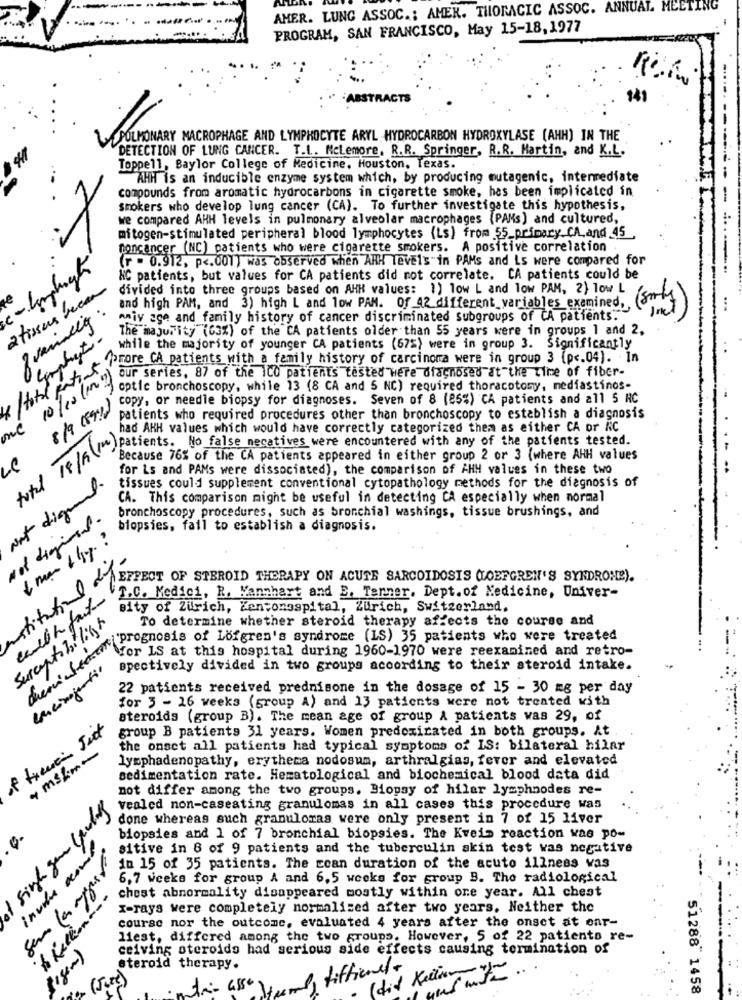
AMER. LUNG ASSOC .; AMER. THORACIC ASSOC. ANNUAL MEETING
-
PROGRAM, SAN FRANCISCO, May 15-18,1977
-ABSTRACTS
941
PULMONARY MACROPHAGE AND LYMPHOCYTE ARYL HYDROCARBON HYDROXYLASE (AHH) IN THE
DETECTION OF LUNG CANCER. T.L. Mclemore, R.R. Springer, R.R. Martin, and K.L.
Toppell, Baylor College of Medicine, Houston, Texas.
AHH is an inducible enzyme system which, by producing mutagenic, intermediate
compounds from aromatic hydrocarbons in cigarette smoke, has been implicated in
-
smokers who develop lung cancer (CA). To further investigate this hypothesis,
we compared AHH levels in pulmonary alveolar macrophages (PAMs) and cultured,
mitogen-stimulated peripheral blood lymphocytes (Ls) from 55_primary CA, and_45
.1
moncancer (NC) patients who were cigarette smokers. A positive correlation
(r = 0.912, p <. 001) was observed when ARK levels in PAMs and is were compared for
&C patients, but values for CA patients did not correlate. CA patients could be
2 tissus recar
divided into three groups based on AHH values: 1) low L and low PAM, 2) 10w L
and high PAM, and 3) high L and low PAM. of 42 different variables examined ,,
aniy age and family history of cancer discriminated subgroups of CA patients.
The majority (63%) of the CA patients older than 55 years were in groups 1 and 2,
Complet.
while the majority of younger CA patients (67%) were in group 3. Significantly
uwho) auf se haans Mith a family history of carcinoma were in group 3 (p <. 04]. - In
10/10/100 2)
our series, 87 of the iCO patients tested Here diagnosed at the time of fiber-
optic bronchoscopy, while 13 (8 CA and 5 NC) required thoracotomy, mediastinos-
copy, or needle biopsy for diagnoses. Seven of 8 (25%) CA patients and all 5 HC
8 19 189%)
patients who required procedures other than bronchoscopy to establish a diagnosis
ne
had AHH values which would have correctly categorized them as either CA or NC
Teh Because it " false negatives were encountered with any of the patients test.
Because 76% of the CA patients appeared in either group 2 or 3 (where AHH values
for is and PAMs were dissociated), the comparison of AHH values in these two
tissues could supplement conventional cytopathology methods for the diagnosis of
Not digre.
CA. This comparison might be useful in detecting CA especially when normal
bronchoscopy procedures, such as bronchial washings, tissue brushings, and
Not digineet.
biopsies, fail to establish a diagnosis.
EFFECT OF STEROID THERAPY ON ACUTE SARCOIDOSIS COEFGREN'S SYNDROME).
T.C. Medici, R. Vannhart and E. Tenner. Dept. of Medicine, Univer-
Bity of Zurich, Zensonospital, Zurich, Switzerland.
Susceptibilityto
To determine whether steroid therapy affects the course and
IT upFor is at of Lofgren's syndrome (Is) 35 patients who were were
Vor IS at this hospital during 1960-1970 were reexamined and retro-
Bpectively divided in two groups according to their steroid intake.
22 patients received prednisone in the dosage of 15 - 30 mg per day
for 3 - 26 weeks (group A) and 13 patients were not treated with
steroids (group B). The mean age of group & patients was 29, of
group B patients 31 years. Women predominated in both groups. At
* msLm-
the onset all patients had typical symptoms of IS: bilateral hilar
lymphadenopathy, erythema nodosum, arthralgias, fever and elevated
sedimentation rate. Hematological and biochemical blood data did
not differ among the two groups. Biopsy of hilar lymphnodes re-
vealed non-caseating granulomas in all cases this procedure was
done whereas such granulomas were only present in 7 of 15 liver
biopsies and 1 of 7 bronchial biopsies. The Kreis reaction was po-
singh gen
sitive in 8 of 9 patients and the tuberculin akin test was negative
in 15 of 35 patients. The coan duration of the acuto illness vas
invita De
6,7 weeks for group A and 6,5 weeks for group B. The radiological
chest abnormality disappeared mostly within one year. All chest
x-rays were completely normalized after two years. Neither the
A Million
course nor the outcome, evaluated 4 years after the onset at onr-
liest, differed among the two groups. However, 5 of 22 patients re-
ceiving steroids had serious side effects causing termination of
steroid therapy.
fiffienel
(did Keller ))
51288 1458